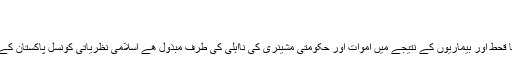
دوسری شادی کا مسئلہ « جریدہ | Jaridah
5,836 views --بار دیکھا گیا
ایسے وقت میں جبکہ عوام کی توجہ صوبہ سندھ کے علاقے تھر میں برپا قحط اور بیماریوں کے نتیجے میں اموات اور حکومتی مشینری کی نااہلی کی طرف مبذول ھے اسلامی نظریاتی کونسل پاکستان کے شہریوں کو درپیش اہم مسائل کے شرعی حل کی تلاش میں غلطاں ھے ۔